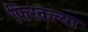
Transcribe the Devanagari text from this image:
फिरवल्या